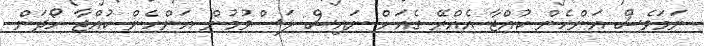
ނަމަވެސް އަންހެން ކުއްޖާ އެއްރޭ ގެއަށް ނައިސް ލަސްވުމުން އަންހެން ކުއްޖާ ހޯދަން